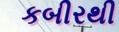
કબીરથી